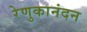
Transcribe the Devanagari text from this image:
रेणुकानंदन